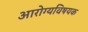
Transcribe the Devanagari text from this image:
अारोग्यविषयक